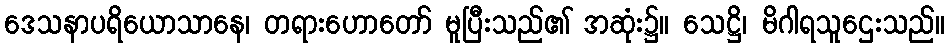
ဒေသနာပရိယောသာနေ၊ တရားဟောတော် မူပြီးသည်၏ အဆုံး၌။ သေဋ္ဌိ၊ မိဂါရသူဌေးသည်။